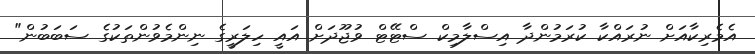
އެމެރިކާއަށް ނުރައްކާ ކުރަމުންދާ އިސްލާމިކް ސްޓޭޓް ވުޖޫދަށް އައީ ހިލަރީގެ ނިންމެވުންތަކުގެ ސަބަބުން"